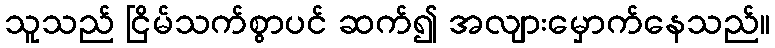
သူသည် ငြိမ်သက်စွာပင် ဆက်၍ အလျားမှောက်နေသည်။